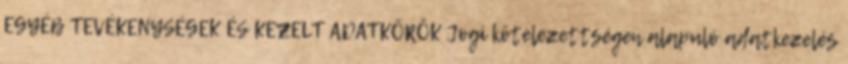
EGYÉB TEVÉKENYSÉGEK ÉS KEZELT ADATKÖRÖK Jogi kötelezettségen alapuló adatkezelés